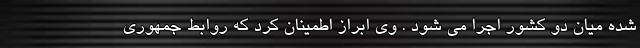
شده میان دو کشور اجرا می شود . وی ابراز اطمینان کرد که روابط جمهوری